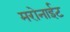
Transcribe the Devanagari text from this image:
मरोनाईट